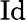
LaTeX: \operatorname{Id}